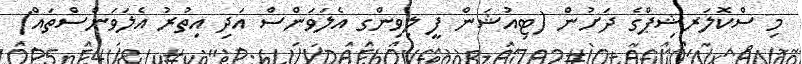
މި ސްކޮލަރޝިޕްގެ ދަށުން (ޓިއުޝަން ފީ ލިވިންގ އެލަވަންސް އަދި އިތުރު އެލަވަންސްތައް)